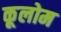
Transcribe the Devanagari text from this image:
कूलोम